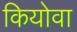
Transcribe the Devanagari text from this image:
कियोवा